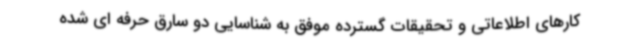
کارهای اطلاعاتی و تحقیقات گسترده موفق به شناسایی دو سارق حرفه ای شده